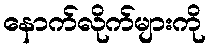
နောက်လိုက်များကို